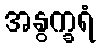
အနွက္ခရံ